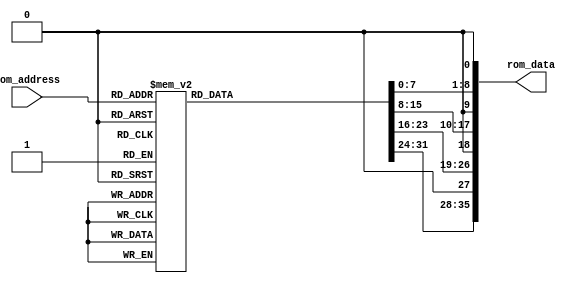
module altera_up_av_config_auto_init_dc2 (
	rom_address,
	rom_data
);
parameter DC_ROW_START			= 16'h000C;
parameter DC_COLUMN_START		= 16'h001E;
parameter DC_ROW_WIDTH			= 16'h0400;
parameter DC_COLUMN_WIDTH		= 16'h0500;
parameter DC_H_BLANK_B			= 16'h0088; 
parameter DC_V_BLANK_B			= 16'h0019; 
parameter DC_H_BLANK_A			= 16'h00C6;
parameter DC_V_BLANK_A			= 16'h0019;
parameter DC_SHUTTER_WIDTH		= 16'h0432;
parameter DC_ROW_SPEED			= 16'h0011;
parameter DC_EXTRA_DELAY		= 16'h0000;
parameter DC_SHUTTER_DELAY		= 16'h0000;
parameter DC_RESET				= 16'h0008;
parameter DC_FRAME_VALID		= 16'h0000;
parameter DC_READ_MODE_B		= 16'h0001;
parameter DC_READ_MODE_A		= 16'h040C;
parameter DC_DARK_COL_ROW		= 16'h0129;
parameter DC_FLASH				= 16'h0608;
parameter DC_GREEN_GAIN_1		= 16'h00B0;
parameter DC_BLUE_GAIN			= 16'h00CF;
parameter DC_RED_GAIN			= 16'h00CF;
parameter DC_GREEN_GAIN_2		= 16'h00B0;
parameter DC_CONTEXT_CTRL		= 16'h000B;
input			[ 4: 0]	rom_address;
output		[35: 0]	rom_data;
reg			[31: 0]	data;
assign rom_data = {data[31:24], 1'b0, 
						data[23:16], 1'b0, 
						data[15: 8], 1'b0, 
						data[ 7: 0], 1'b0};
always @(*)
begin
	case (rom_address)
	0		:	data	<=	{8'hBA, 8'h01, DC_ROW_START};
	1		:	data	<=	{8'hBA, 8'h02, DC_COLUMN_START};
	2		:	data	<=	{8'hBA, 8'h03, DC_ROW_WIDTH};
	3		:	data	<=	{8'hBA, 8'h04, DC_COLUMN_WIDTH};
	4		:	data	<=	{8'hBA, 8'h05, DC_H_BLANK_B};
	5		:	data	<=	{8'hBA, 8'h06, DC_V_BLANK_B};
	6		:	data	<=	{8'hBA, 8'h07, DC_H_BLANK_A};
	7		:	data	<=	{8'hBA, 8'h08, DC_V_BLANK_A};
	8		:	data	<=	{8'hBA, 8'h09, DC_SHUTTER_WIDTH};
	9		:	data	<=	{8'hBA, 8'h0A, DC_ROW_SPEED};
	10		:	data	<=	{8'hBA, 8'h0B, DC_EXTRA_DELAY};
	11		:	data	<=	{8'hBA, 8'h0C, DC_SHUTTER_DELAY};
	12		:	data	<=	{8'hBA, 8'h0D, DC_RESET};
	13		:	data	<=	{8'hBA, 8'h1F, DC_FRAME_VALID};
	14		:	data	<=	{8'hBA, 8'h20, DC_READ_MODE_B};
	15		:	data	<=	{8'hBA, 8'h21, DC_READ_MODE_A};
	16		:	data	<=	{8'hBA, 8'h22, DC_DARK_COL_ROW};
	17		:	data	<=	{8'hBA, 8'h23, DC_FLASH};
	18		:	data	<=	{8'hBA, 8'h2B, DC_GREEN_GAIN_1};
	19		:	data	<=	{8'hBA, 8'h2C, DC_BLUE_GAIN};
	20		:	data	<=	{8'hBA, 8'h2D, DC_RED_GAIN};
	21		:	data	<=	{8'hBA, 8'h2E, DC_GREEN_GAIN_2};
	22		:	data	<=	{8'hBA, 8'hC8, DC_CONTEXT_CTRL};
	default	:	data	<=	32'h00000000;
	endcase
end
endmodule